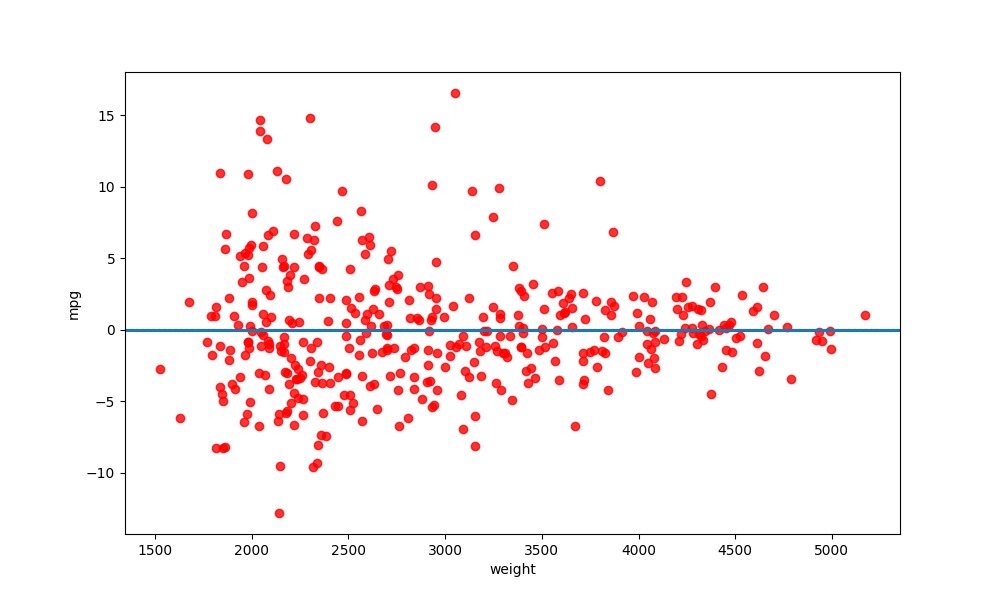
python, seaborn, residplot, lowess=True, scatter_color=red